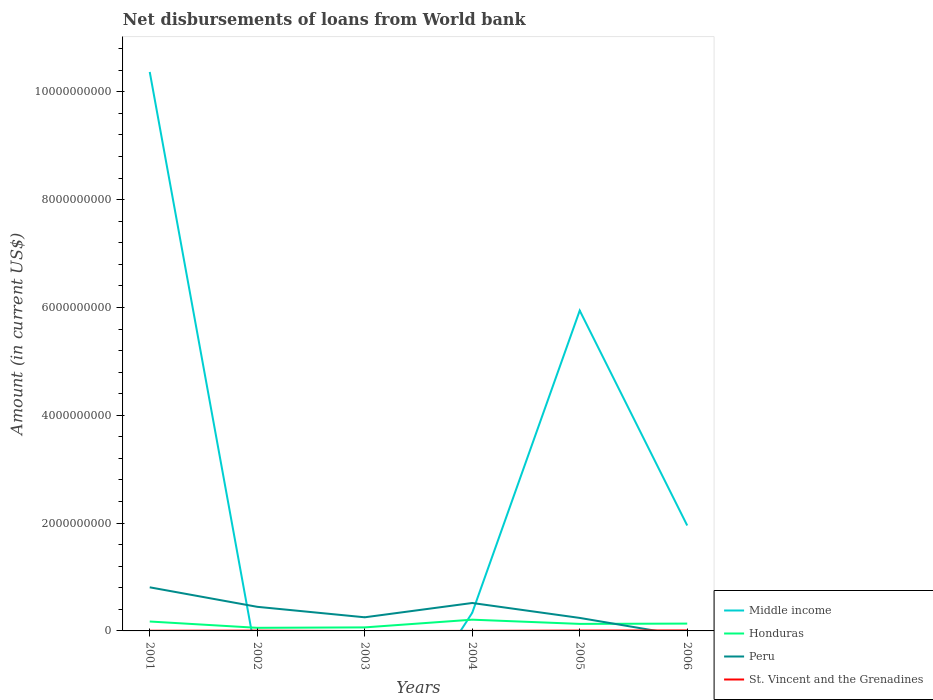
| Years | Middle income | Honduras | Peru | St. Vincent and the Grenadines |
 | --- | --- | --- | --- | --- |
 | 2001 | 1.04e+10 | 1.75e+08 | 8.09e+08 | 3.09e+06 |
 | 2002 | -5.78e+08 | 5.75e+07 | 4.47e+08 | 5.45e+06 |
 | 2003 | -2.75e+09 | 6.55e+07 | 2.53e+08 | -2.06e+06 |
 | 2004 | 3.36e+08 | 2.09e+08 | 5.18e+08 | 4.46e+05 |
 | 2005 | 5.94e+09 | 1.31e+08 | 2.41e+08 | 6.60e+06 |
 | 2006 | 1.96e+09 | 1.36e+08 | -9.58e+07 | 8.95e+06 |